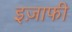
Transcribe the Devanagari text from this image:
इज़ाफी